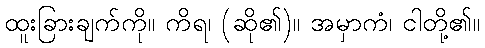
ထူးခြားချက်ကို။ ကိရ၊ (ဆို၏)။ အမှာကံ၊ ငါတို့၏။